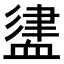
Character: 𧗃